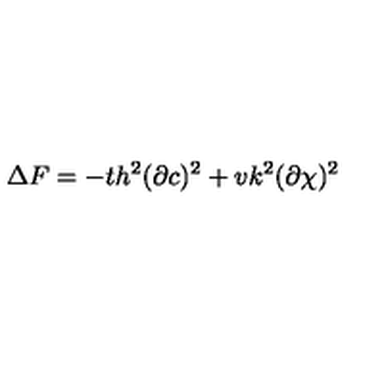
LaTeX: \Delta F = - t h ^ { 2 } ( \partial c ) ^ { 2 } + v k ^ { 2 } ( \partial \chi ) ^ { 2 }